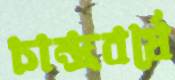
চান্দ্রবর্ষে